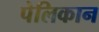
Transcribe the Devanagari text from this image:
पेलिकान